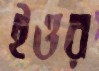
ইওর